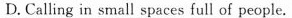
D. Calling in small spaces full of people.